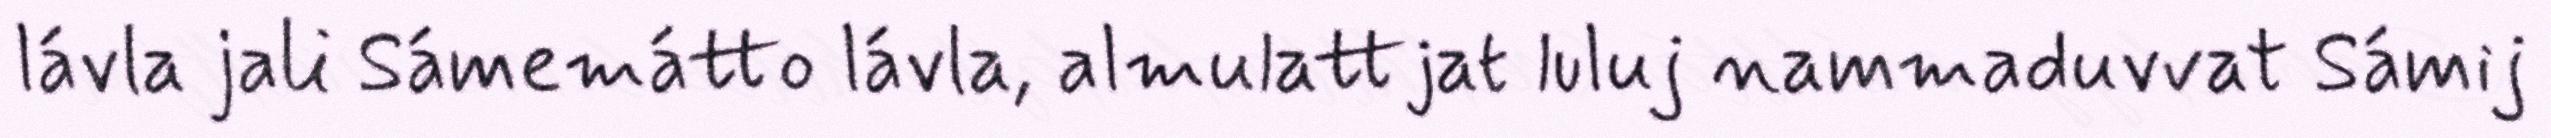
lávla jali Sámemátto lávla, almulattjat luluj nammaduvvat Sámij